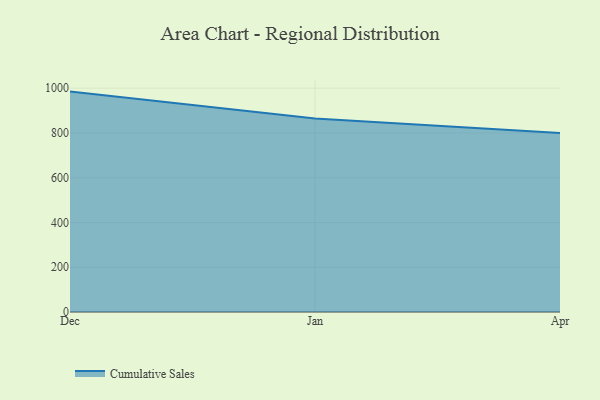
{"axis": {"x": "Month", "y": "Humidity (%)"}, "legend": ["Cumulative Sales"], "data": [{"x": "Dec", "y": 984.6, "type": "Cumulative Sales"}, {"x": "Jan", "y": 864.7, "type": "Cumulative Sales"}, {"x": "Apr", "y": 800, "type": "Cumulative Sales"}]}